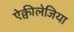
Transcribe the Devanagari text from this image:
ऐक्वीलेजिया